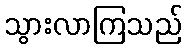
သွားလာကြသည်